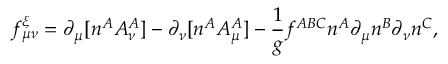
f _ { \mu \nu } ^ { \xi } = \partial _ { \mu } [ n ^ { A } { \cal A } _ { \nu } ^ { A } ] - \partial _ { \nu } [ n ^ { A } { \cal A } _ { \mu } ^ { A } ] - { \frac { 1 } { g } } f ^ { A B C } n ^ { A } \partial _ { \mu } n ^ { B } \partial _ { \nu } n ^ { C } ,